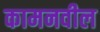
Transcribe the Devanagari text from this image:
कामनवील